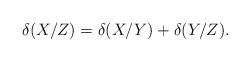
LaTeX: \begin{align*}\delta(X/Z) = \delta(X/Y) + \delta(Y/Z).\end{align*}